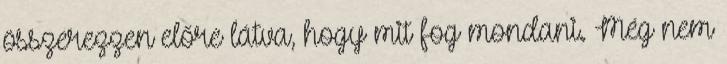
összerezzen előre látva, hogy mit fog mondani. Még nem